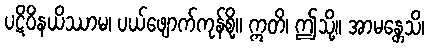
ပဋိဝိနယိဿာမ၊ ပယ်ဖျောက်ကုန်စို့။ ဣတိ၊ ဤသို့။ အာမန္တေသိ၊